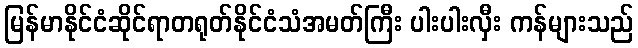
မြန်မာနိုင်ငံဆိုင်ရာတရုတ်နိုင်ငံသံအမတ်ကြီး ပါးပါးလှီး ကန်များသည်